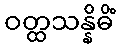
ဝတ္ထသန္နိဓိံ